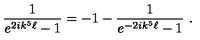
{ \frac { 1 } { e ^ { 2 i k ^ { 5 } \ell } - 1 } } = - 1 - { \frac { 1 } { e ^ { - 2 i k ^ { 5 } \ell } - 1 } } \ .